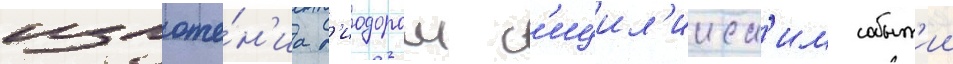
изложе́н'иа д'иодором с'ицил'ииск'им событ'ии